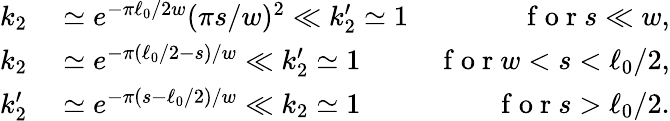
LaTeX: \begin{array}{rlr}{k_{2}}&{{}\simeq e^{-\pi\ell_{0}/2w}(\pi s/w)^{2}\ll k_{2}^{\prime}\simeq 1}&{\mathrm{~f~o~r~}s\ll w,}\\ {k_{2}}&{{}\simeq e^{-\pi(\ell_{0}/2-s)/w}\ll k_{2}^{\prime}\simeq 1}&{\mathrm{~f~o~r~}w<s<\ell_{0}/2,}\\ {k_{2}^{\prime}}&{{}\simeq e^{-\pi(s-\ell_{0}/2)/w}\ll k_{2}\simeq 1}&{\mathrm{~f~o~r~}s>\ell_{0}/2.}\end{array}